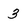
Character: 3